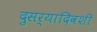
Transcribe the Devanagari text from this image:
दुसर्‍यादिवशी